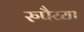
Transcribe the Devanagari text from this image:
रुपैय्या